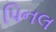
પિનલ